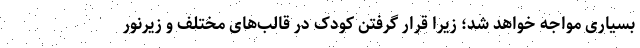
بسیاری مواجه خواهد شد؛ زیرا قرار گرفتن کودک در قالب‌های مختلف و زیرنور